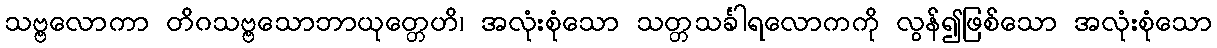
သဗ္ဗလောကာ တိဂသဗ္ဗသောဘာယုတ္တေဟိ၊ အလုံးစုံသော သတ္တသင်္ခါရလောကကို လွန်၍ဖြစ်သော အလုံးစုံသော